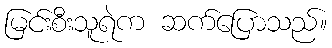
မြင်းစီးသူရဲက ဆက်ပြောသည်။